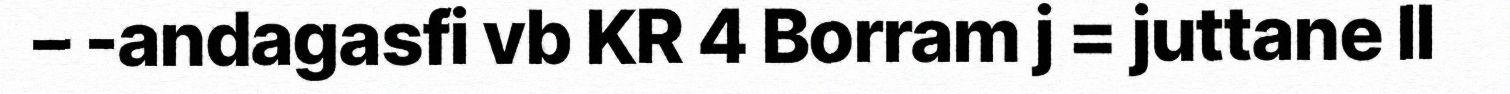
– -andagasfi vb KR 4 Borram j = juttane ll